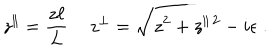
z ^ { \| } = \frac { z \ell } { L } \, \quad z ^ { \perp } = \sqrt { z ^ { 2 } + z ^ { \| \, 2 } - i \epsilon } \; .